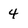
Character: 4